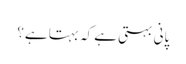
پانی بہتی ہے کہ بہتا ہے؟